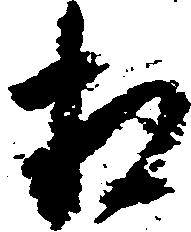
相